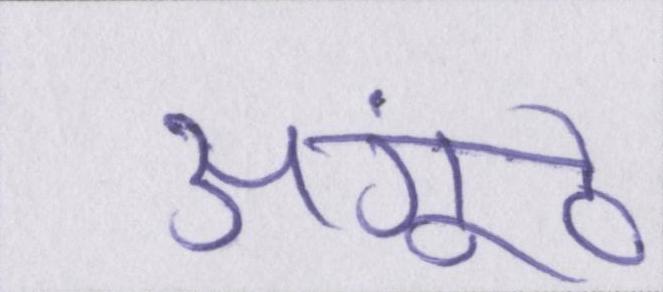
अंगूठे